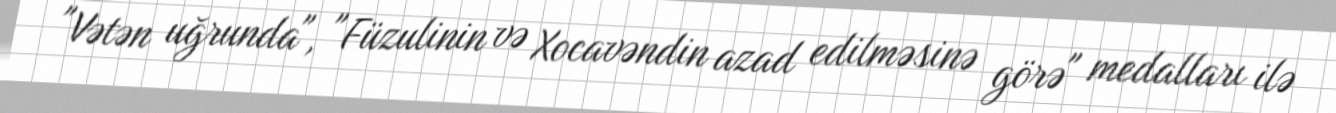
"Vətən uğrunda", "Füzulinin və Xocavəndin azad edilməsinə görə" medalları ilə